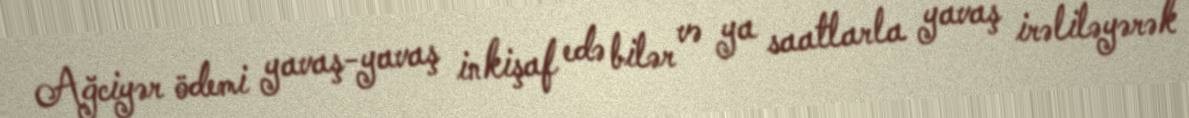
Ağciyər ödemi yavaş-yavaş inkişaf edə bilər və ya saatlarla yavaş irəliləyərək